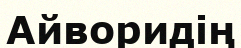
Айворидің